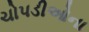
ચોપડીઓના